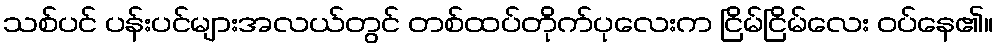
သစ်ပင် ပန်းပင်များအလယ်တွင် တစ်ထပ်တိုက်ပုလေးက ငြိမ်ငြိမ်လေး ဝပ်နေ၏။